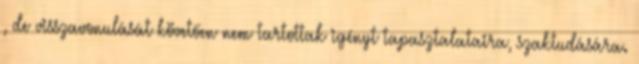
, de visszavonulását követően nem tartottak igényt tapasztalataira, szaktudására.